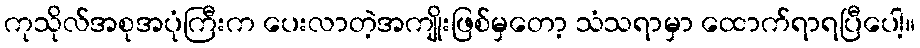
ကုသိုလ်အစုအပုံကြီးက ပေးလာတဲ့အကျိုးဖြစ်မှတော့ သံသရာမှာ ထောက်ရာရပြီပေါ့။